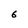
Character: 6